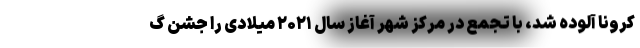
کرونا آلوده شد، با تجمع در مرکز شهر آغاز سال ۲۰۲۱ میلادی را جشن گ